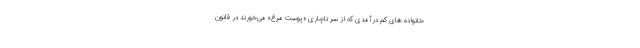
خانواده ‌های کم درآمدی که از سر ناچاری «پوست مرغ» می‌خورند در قانون